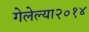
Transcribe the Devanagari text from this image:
गेलेल्या२०१४